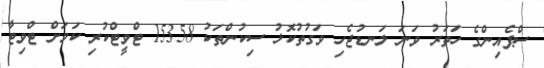
ސްޕެއިންގެ ހަތަރު ވަނަ ލަނޑުޖެހި ވަގުތުކޮޅު ސިކުންތަކު 15358 ޓްވީޓްކުރި ކަމަށް ޓްވިޓާ